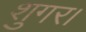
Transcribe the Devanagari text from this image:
शुगर।